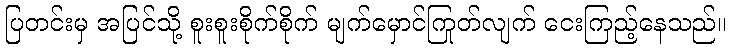
ပြတင်းမှ အပြင်သို့ စူးစူးစိုက်စိုက် မျက်မှောင်ကြုတ်လျက် ငေးကြည့်နေသည်။